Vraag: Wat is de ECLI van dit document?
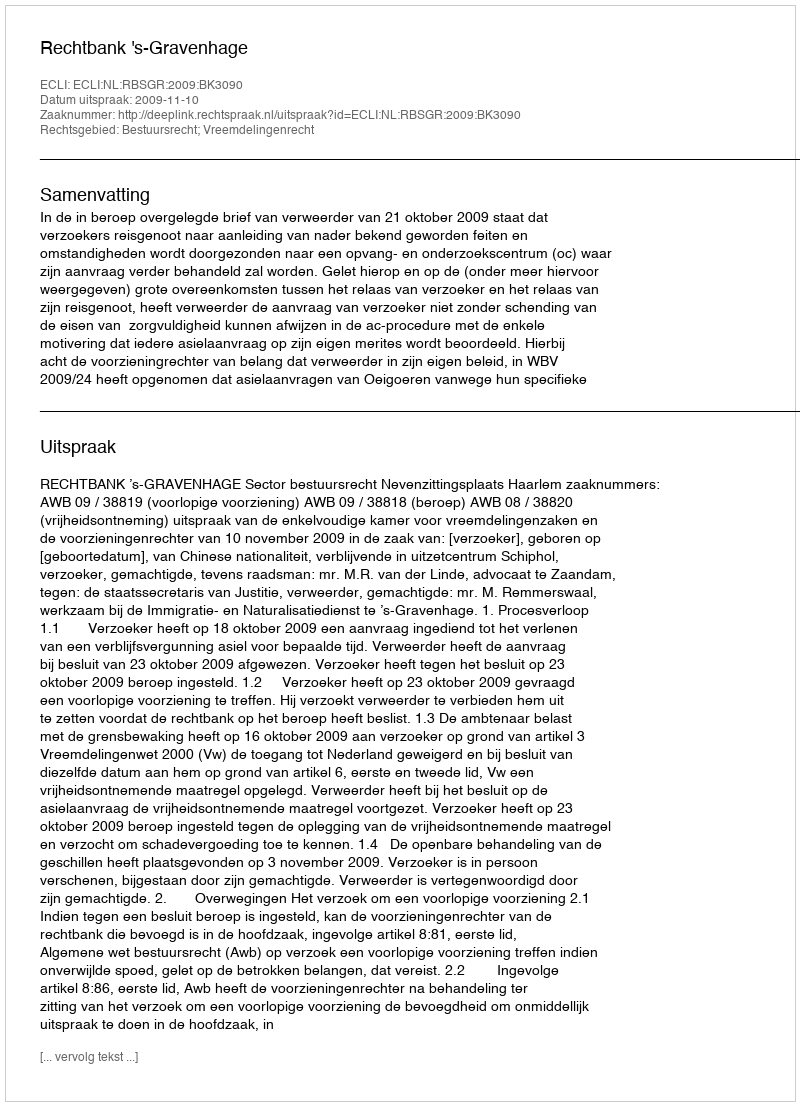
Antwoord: ECLI:NL:RBSGR:2009:BK3090